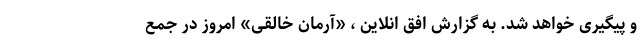
و پیگیری خواهد شد. به گزارش افق انلاین ، «آرمان خالقی» امروز در جمع